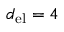
d _ { \mathrm { e l } } = 4